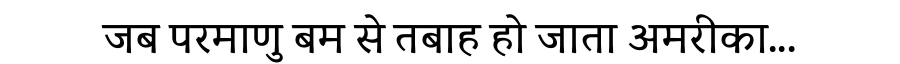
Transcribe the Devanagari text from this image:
जब परमाणु बम से तबाह हो जाता अमरीका...